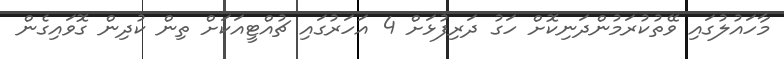
މާހައުލުގައި ވޭތުކުރަމުންދަނިކޮށް ހަގު ދަރިފުޅަށް 4 އަހަރުގައި ޗުއްޓީއަކަށް ތިން ކުދިން ގޮވައިގެން